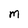
Character: M